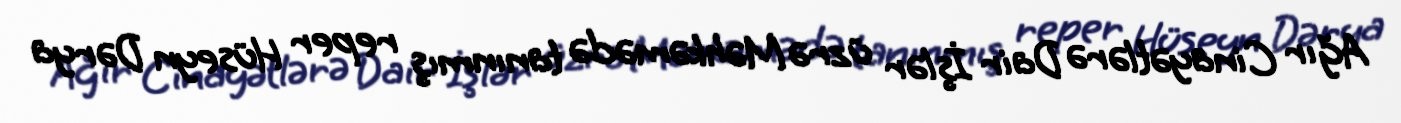
Ağır Cinayətlərə Dair İşlər üzrə Məhkəmədə tanınmış reper Hüseyn Dərya